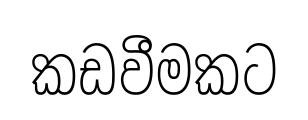
කඩවීමකට